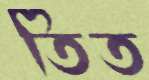
তিত